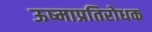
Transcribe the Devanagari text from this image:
ऊष्माप्रतिरोधक